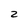
Character: Z